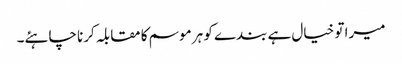
میرا تو خیال ہے بندے کو ہر موسم کا مقابلہ کرنا چاہئے۔